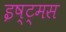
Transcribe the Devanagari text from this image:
इष्ट्मस